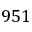
9 5 1